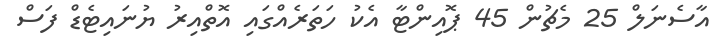
އާސެނަލް 25 މެޗުން 45 ޕޮއިންޓާ އެކު ހަތަރެއްގައި އޮތްއިރު ޔުނައިޓެޑް ފަސް